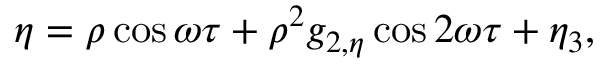
\eta = \rho \cos \omega \tau + \rho ^ { 2 } g _ { 2 , \eta } \cos 2 \omega \tau + \eta _ { 3 } ,